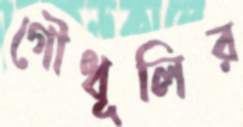
গৌধূলির